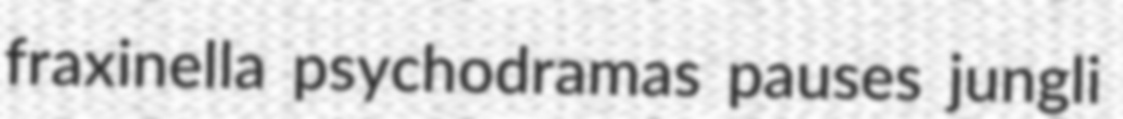
fraxinella psychodramas pauses jungli